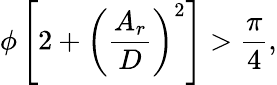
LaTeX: \phi\left[2+\left(\frac{A_{r}}{D}\right)^{2}\right]>\frac{\pi}{4},